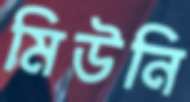
মিউনি